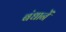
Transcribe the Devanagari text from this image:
बंधानें